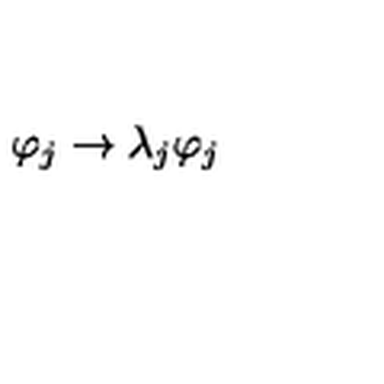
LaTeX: \varphi _ { j } \rightarrow \lambda _ { j } \varphi _ { j }